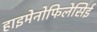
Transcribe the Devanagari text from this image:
हाइमेनोफिलेसिई